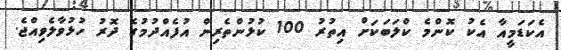
އެކަޑަމީއާ އެކު ކޮންމެ ކްލަބަކަށް އިތުރު 100 ކުޅުންތެރިން އުފެއްދުމުގެ ދޮރު ހުޅުވާލެވިއްޖެ.